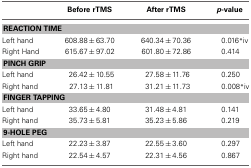
<table><thead><tr><td>[EMPTY_CELL]</td><td><b>Before rTMS</b></td><td><b>After rTMS</b></td><td><b><i>p</i>-value</b></td></tr></thead><tbody><tr><td colspan="4"><b>REACTION TIME</b></td></tr><tr><td>Left hand</td><td>608.88 ± 63.70</td><td>640. 34 ± 70.36</td><td>0.016<sup>*</sup><sup>iv</sup></td></tr><tr><td>Right Hand</td><td>615.67 ± 97.02</td><td>601.80 ± 72.86</td><td>0.414</td></tr><tr><td colspan="4"><b>PINCH GRIP</b></td></tr><tr><td>Left hand</td><td>26.42 ± 10.55</td><td>27.58 ± 11.76</td><td>0.250</td></tr><tr><td>Right hand</td><td>27.13 ± 11.81</td><td>31.21 ± 11.73</td><td>0.008<sup>*</sup><sup>iv</sup></td></tr><tr><td colspan="4"><b>FINGER TAPPING</b></td></tr><tr><td>Left hand</td><td>33.65 ± 4.80</td><td>31.48 ± 4.81</td><td>0.141</td></tr><tr><td>Right hand</td><td>35.73 ± 5.81</td><td>35.23 ± 5.86</td><td>0.219</td></tr><tr><td colspan="4"><b>9-HOLE PEG</b></td></tr><tr><td>Left hand</td><td>22.23 ± 3.87</td><td>22.55 ± 3.60</td><td>0.297</td></tr><tr><td>Right hand</td><td>22.54 ± 4.57</td><td>22.31 ± 4.56</td><td>0.867</td></tr></tbody></table>